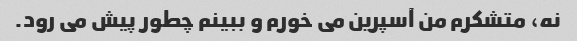
نه، متشکرم من آسپرین می خورم و ببینم چطور پیش می رود.